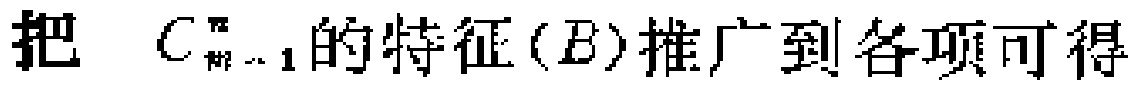
把 \(C_{m - 1}^{n}\) 的特征\((B)\)推广到各项可得